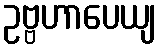
ဥဗ္ဗဟာပေယျ